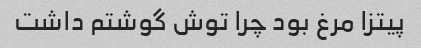
پیتزا مرغ بود چرا توش گوشتم داشت